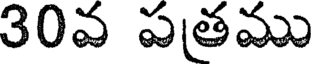
30వ పత్రము